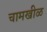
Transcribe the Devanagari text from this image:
चामखीळ